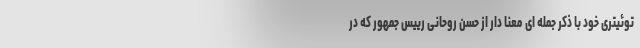
توئیتری خود با ذکر جمله ای معنا دار از حسن روحانی رییس جمهور که در